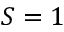
S = 1